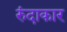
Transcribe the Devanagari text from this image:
रुंदाकार